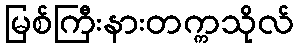
မြစ်ကြီးနားတက္ကသိုလ်